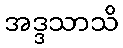
အဒ္ဒသာသိ